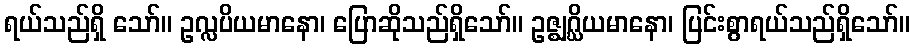
ရယ်သည်ရှိ သော်။ ဥလ္လပိယမာနော၊ ပြောဆိုသည်ရှိသော်။ ဥဇ္ဈဂ္ဃိယမာနော၊ ပြင်းစွာရယ်သည်ရှိသော်။